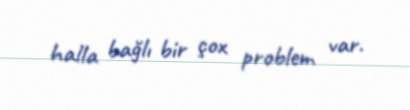
halla bağlı bir çox problem var.